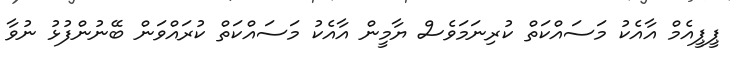
ޕީޕީއެމް އާއެކު މަސައްކަތް ކުރިނަމަވެސް ޔާމީން އާއެކު މަސައްކަތް ކުރައްވަން ބޭނުންފުޅު ނުވާ